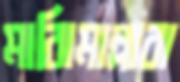
মাঝিমাল্লারা